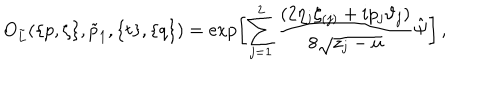
O _ { \tilde { L } } ( \{ p , \zeta \} , \tilde { p } _ { 1 } , \{ t \} , \{ q \} ) = \exp \biggl [ \sum _ { j = 1 } ^ { 2 } \frac { ( 2 \eta _ { j } \zeta _ { ( j ) } + i p _ { j } \vartheta _ { j } ) } { 8 \sqrt { z _ { j } - u } } \hat { \Psi } \biggl ] \, ,